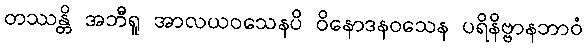
တဿန္တိ အဘီရူ အာလယဝသေနပိ ဝိနောဒနဝသေန ပရိနိဗ္ဗာနဘာဝံ